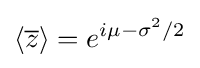
\langle {\overline {z}}\rangle =e^{i\mu -\sigma ^{2}/2}